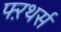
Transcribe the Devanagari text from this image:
फ्ऱथर्स